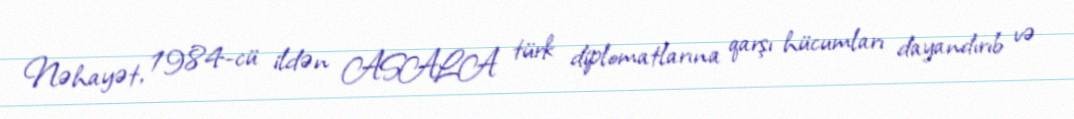
Nəhayət, 1984-cü ildən ASALA türk diplomatlarına qarşı hücumları dayandırıb və